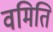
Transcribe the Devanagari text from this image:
वमिति